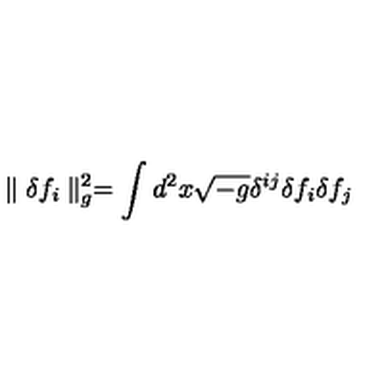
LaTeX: \parallel \delta f _ { i } \parallel _ { g } ^ { 2 } = \int d ^ { 2 } x \sqrt { - g } \delta ^ { i j } \delta f _ { i } \delta f _ { j }